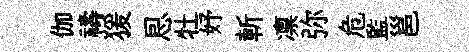
伽禱猨㤙牡妤斬凛弥危監邕